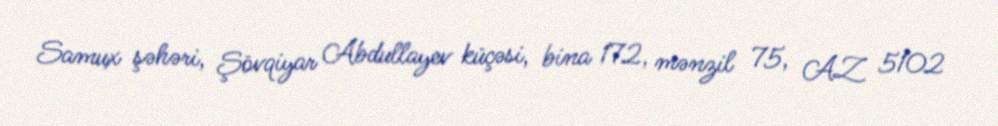
Samux şəhəri, Şövqiyar Abdullayev küçəsi, bina 172, mənzil 75, AZ 5102